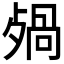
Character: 𣨷